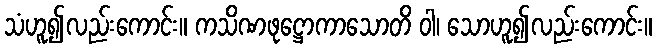
သံဟူ၍လည်းကောင်း။ ကသိဏဖုဋ္ဌောကာသောတိ ဝါ၊ သောဟူ၍လည်းကောင်း။